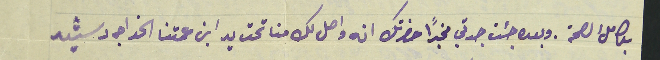
بكامل الصحة. وبعده جئت جدتي مخبرًا حضرتك انه واصل لك منا تحت يد ابنة عمتنا الخواجه رشيد